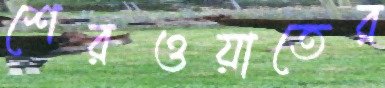
শেরওয়াতের